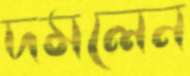
দমলেন